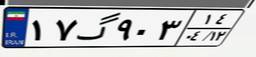
۶۶گ۴۲۷۹۰